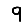
Digit: 9